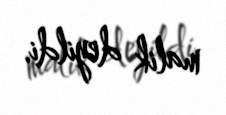
malik deyildi.